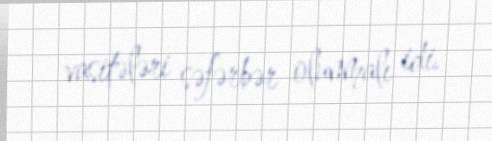
vasitələri səfərbər olunmalı idi.